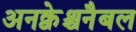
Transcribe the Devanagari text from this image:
अनक्वेश्चनैबल